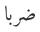
ضربا